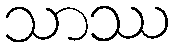
သာဿ